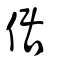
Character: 倨